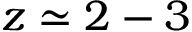
z \simeq 2 - 3